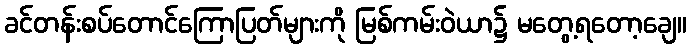
ခင်တန်းစပ်တောင်ကြောပြတ်များကို မြစ်ကမ်းဝဲယာ၌ မတွေ့ရတော့ချေ။